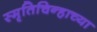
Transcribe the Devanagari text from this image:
स्मृतिचिन्हाच्या